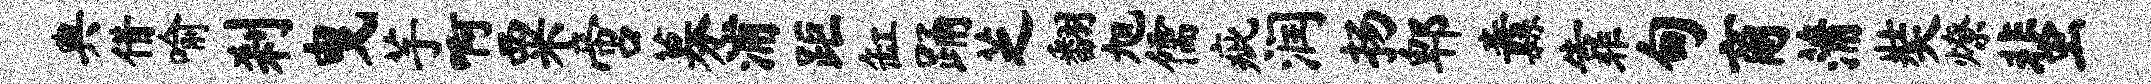
典借喻刹曳芋啊粟啻募浦距缸踊芝翻旭儒疵润扬郫纛靠甸商蒲奘燎蜚